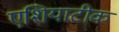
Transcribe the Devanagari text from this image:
एशियाटीक